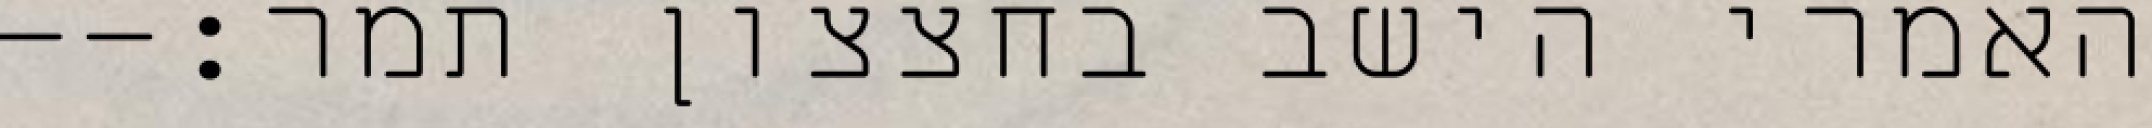
האמרי הישב בחצצון תמר׃--